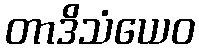
တာဒိသံယေဝ